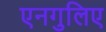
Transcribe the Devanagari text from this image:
एनगुलिए